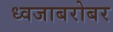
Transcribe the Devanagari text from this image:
ध्वजाबरोबर